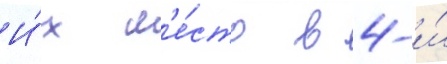
И́х м'е́сто в 4-и́